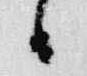
日